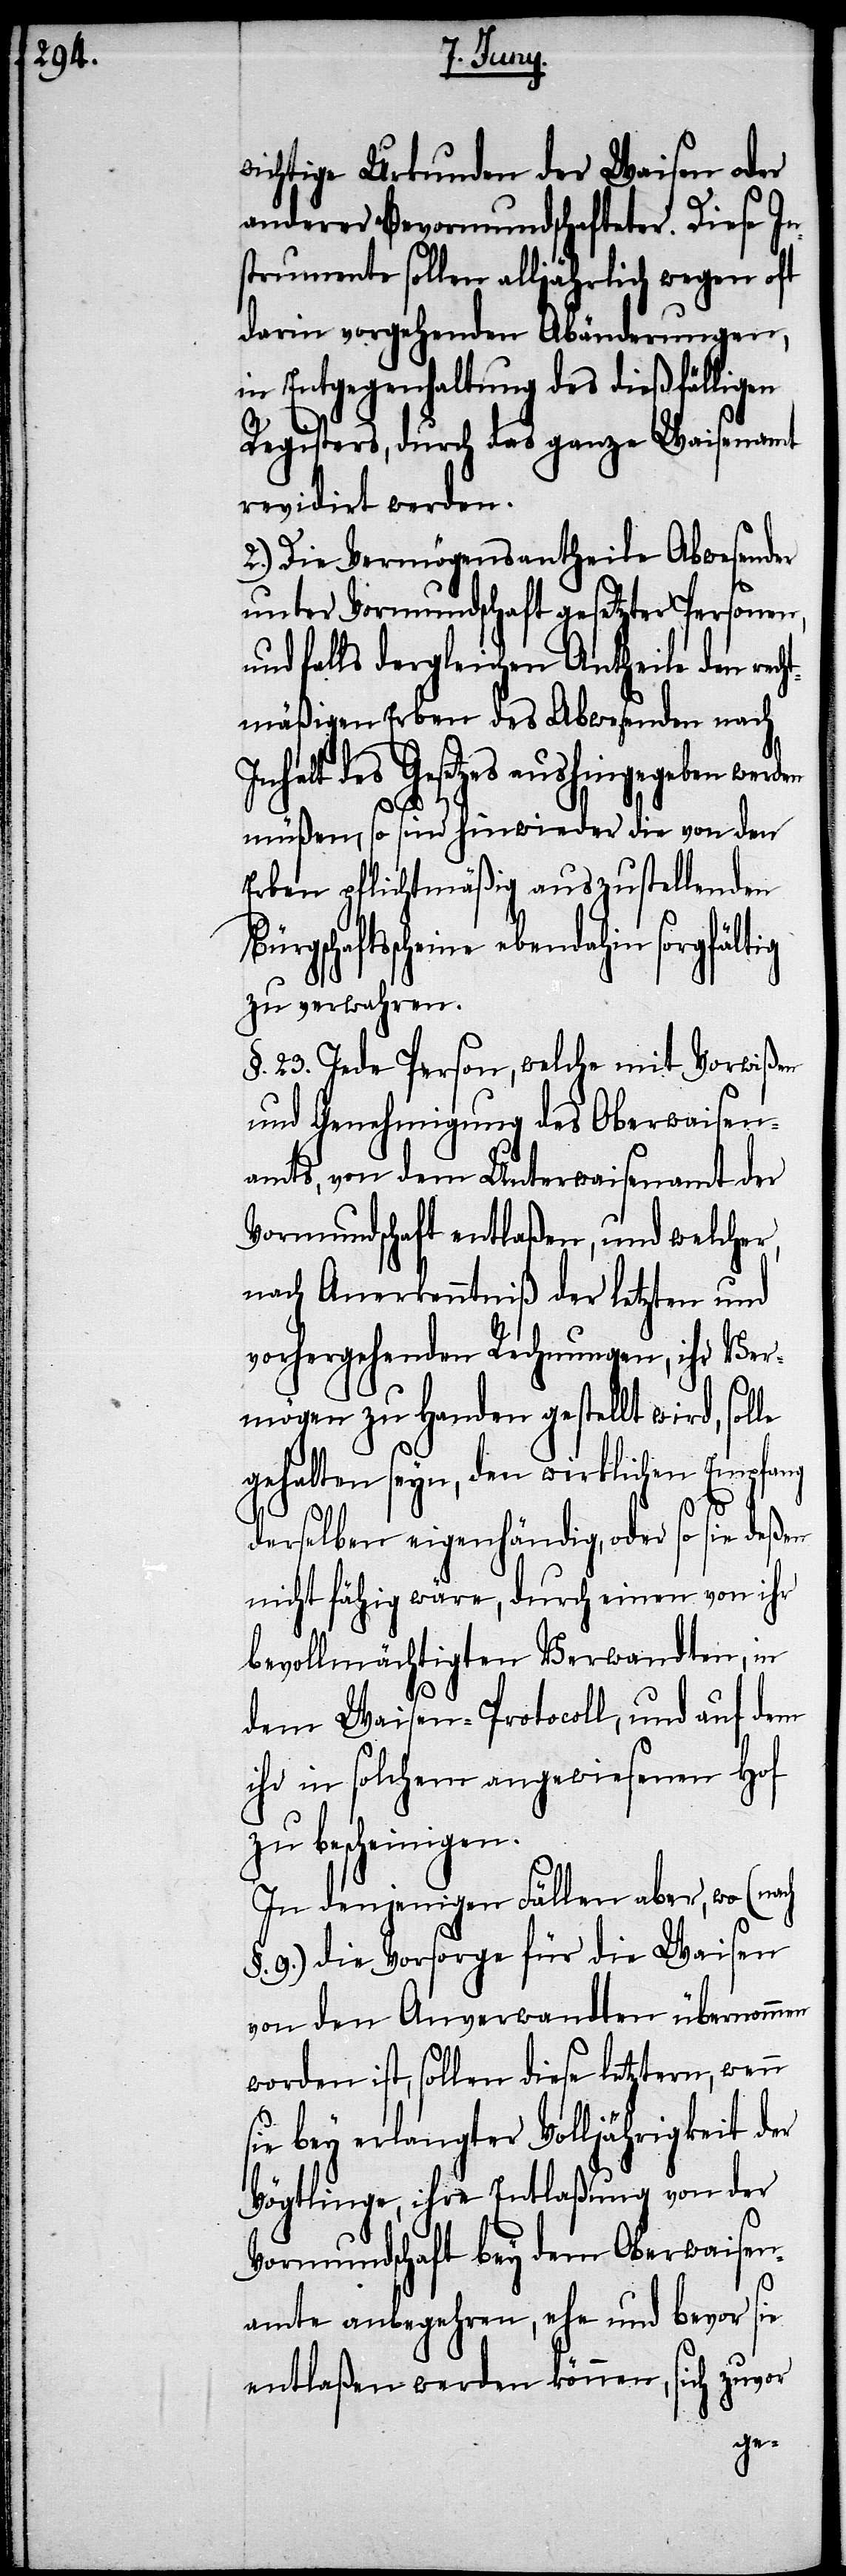
wichtige Urkunden der Waisen oder
anderer Bevormundschafteter. Diese In¬
strumente sollen alljährlich wegen oft
darin vorgehenden Abänderungen,
in Entgegenhaltung des dießfälligen
Registers, durch das ganze Waisenamt
revidirt werden.
2.) Die Vermögensantheile Abwesender
unter Vormundschaft gesetzter Personen,
falls dergleichen Antheile den rec¬
htmäßigen Erben des Abwesenden nach
Inhalt des Gesetzes aushingegeben werden
Bür¬
müßen, so sind hinwieder die von den
Erben pflichtmäßig auszustellenden
gschaftsscheine ebendahin sorgfält¬
zu verwahren.
§. 23. Jede Person, welche mit Vorwißen
und Genehmigung des Oberwaisen¬
amts, von dem Unterwaisenamt der
Vormundschaft entlaßen, und welcher,
nach Anerkenntniß der letzten und
vorhergehenden Rechnungen, ihr Ver¬
mögen zu Handen gestellt wird, sol¬
le
derselben eigenhändig, oder so sie deßen
nicht fähig wäre, durch einen von ihr
bevollmächtigten Verwandten, in
dem Waisen-Protocoll, und auf dem
ihr in solchen angewiesenen Hof
zu bescheinigen.
In denjenigen Fällen, aber, wo (nach
9.) die Vorsorge für die Waisen
von den Anverwandten übernommen
worden ist, sollen diese letztern, wenn
sie bey erlangter Volljährigkeit der
Vögtlinge, ihre Entlaßung von der
Vormundschaft bey dem Oberwaisen¬
amte anbegehren, ehe und bevor sie
entlaßen werden können, sich zuvor